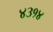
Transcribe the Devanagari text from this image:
४३१४